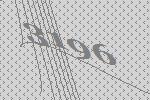
3196